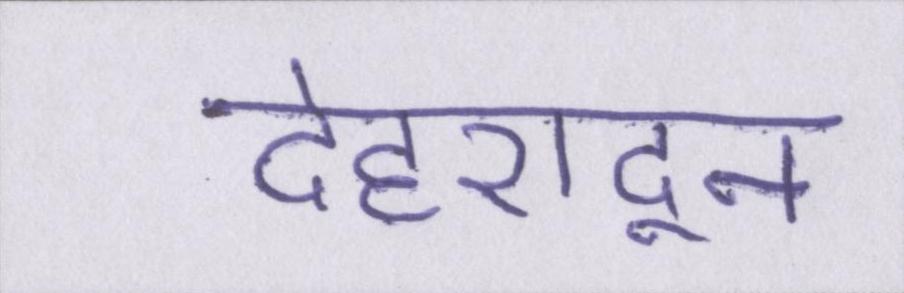
देहरादून